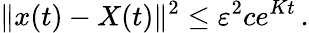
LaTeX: \| x(t)-X(t)\| ^{2}\leq\varepsilon^{2}ce^{Kt}\, .